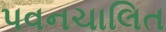
પવનચાલિત